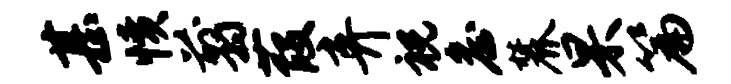
甚愤翦葭弃祝詹麓杲篇